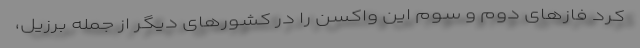
کرد فازهای دوم و سوم این واکسن را در کشورهای دیگر از جمله برزیل،